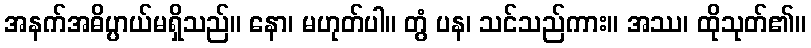
အနက်အဓိပ္ပာယ်မရှိသည်။ နော၊ မဟုတ်ပါ။ တွံ ပန၊ သင်သည်ကား။ အဿ၊ ထိုသုတ်၏။